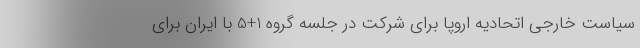
سیاست خارجی اتحادیه اروپا برای شرکت در جلسه گروه 1+5 با ایران برای